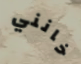
خانني